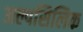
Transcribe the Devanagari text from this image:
अल्पसिलिक